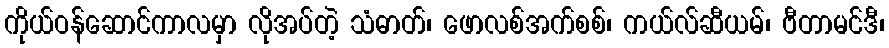
ကိုယ်ဝန်ဆောင်ကာလမှာ လိုအပ်တဲ့ သံဓာတ်၊ ဖောလစ်အက်စစ်၊ ကယ်လ်ဆီယမ်၊ ဗီတာမင်ဒီ၊